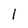
Character: 1